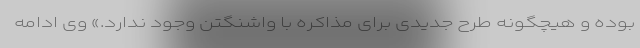
بوده و هیچگونه طرح جدیدی برای مذاکره با واشنگتن وجود ندارد.» وی ادامه